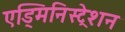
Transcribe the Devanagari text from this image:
एड्मिनिस्ट्रेशन